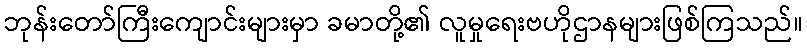
ဘုန်းတော်ကြီးကျောင်းများမှာ ခမာတို့၏ လူမှုရေးဗဟိုဌာနများဖြစ်ကြသည်။